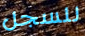
للسجل